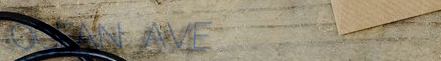
OCEAN AVE